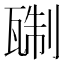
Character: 𬎭